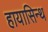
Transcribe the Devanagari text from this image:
हायासिन्थ